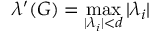
\lambda ^ { \prime } ( G ) = \operatorname* { m a x } _ { | \lambda _ { i } | < d } | \lambda _ { i } |